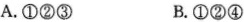
A.①②③B.①②④